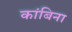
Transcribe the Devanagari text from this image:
कांबिना